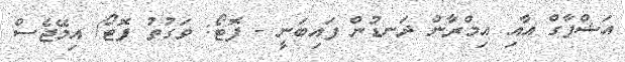
އަޝްފާގް އާއި އިމްރާން ދަނޑުން ފައިބަނީ - ފޮޓޯ: ވަގުތު ފޮޓޯ/ އިމޭޖެސް